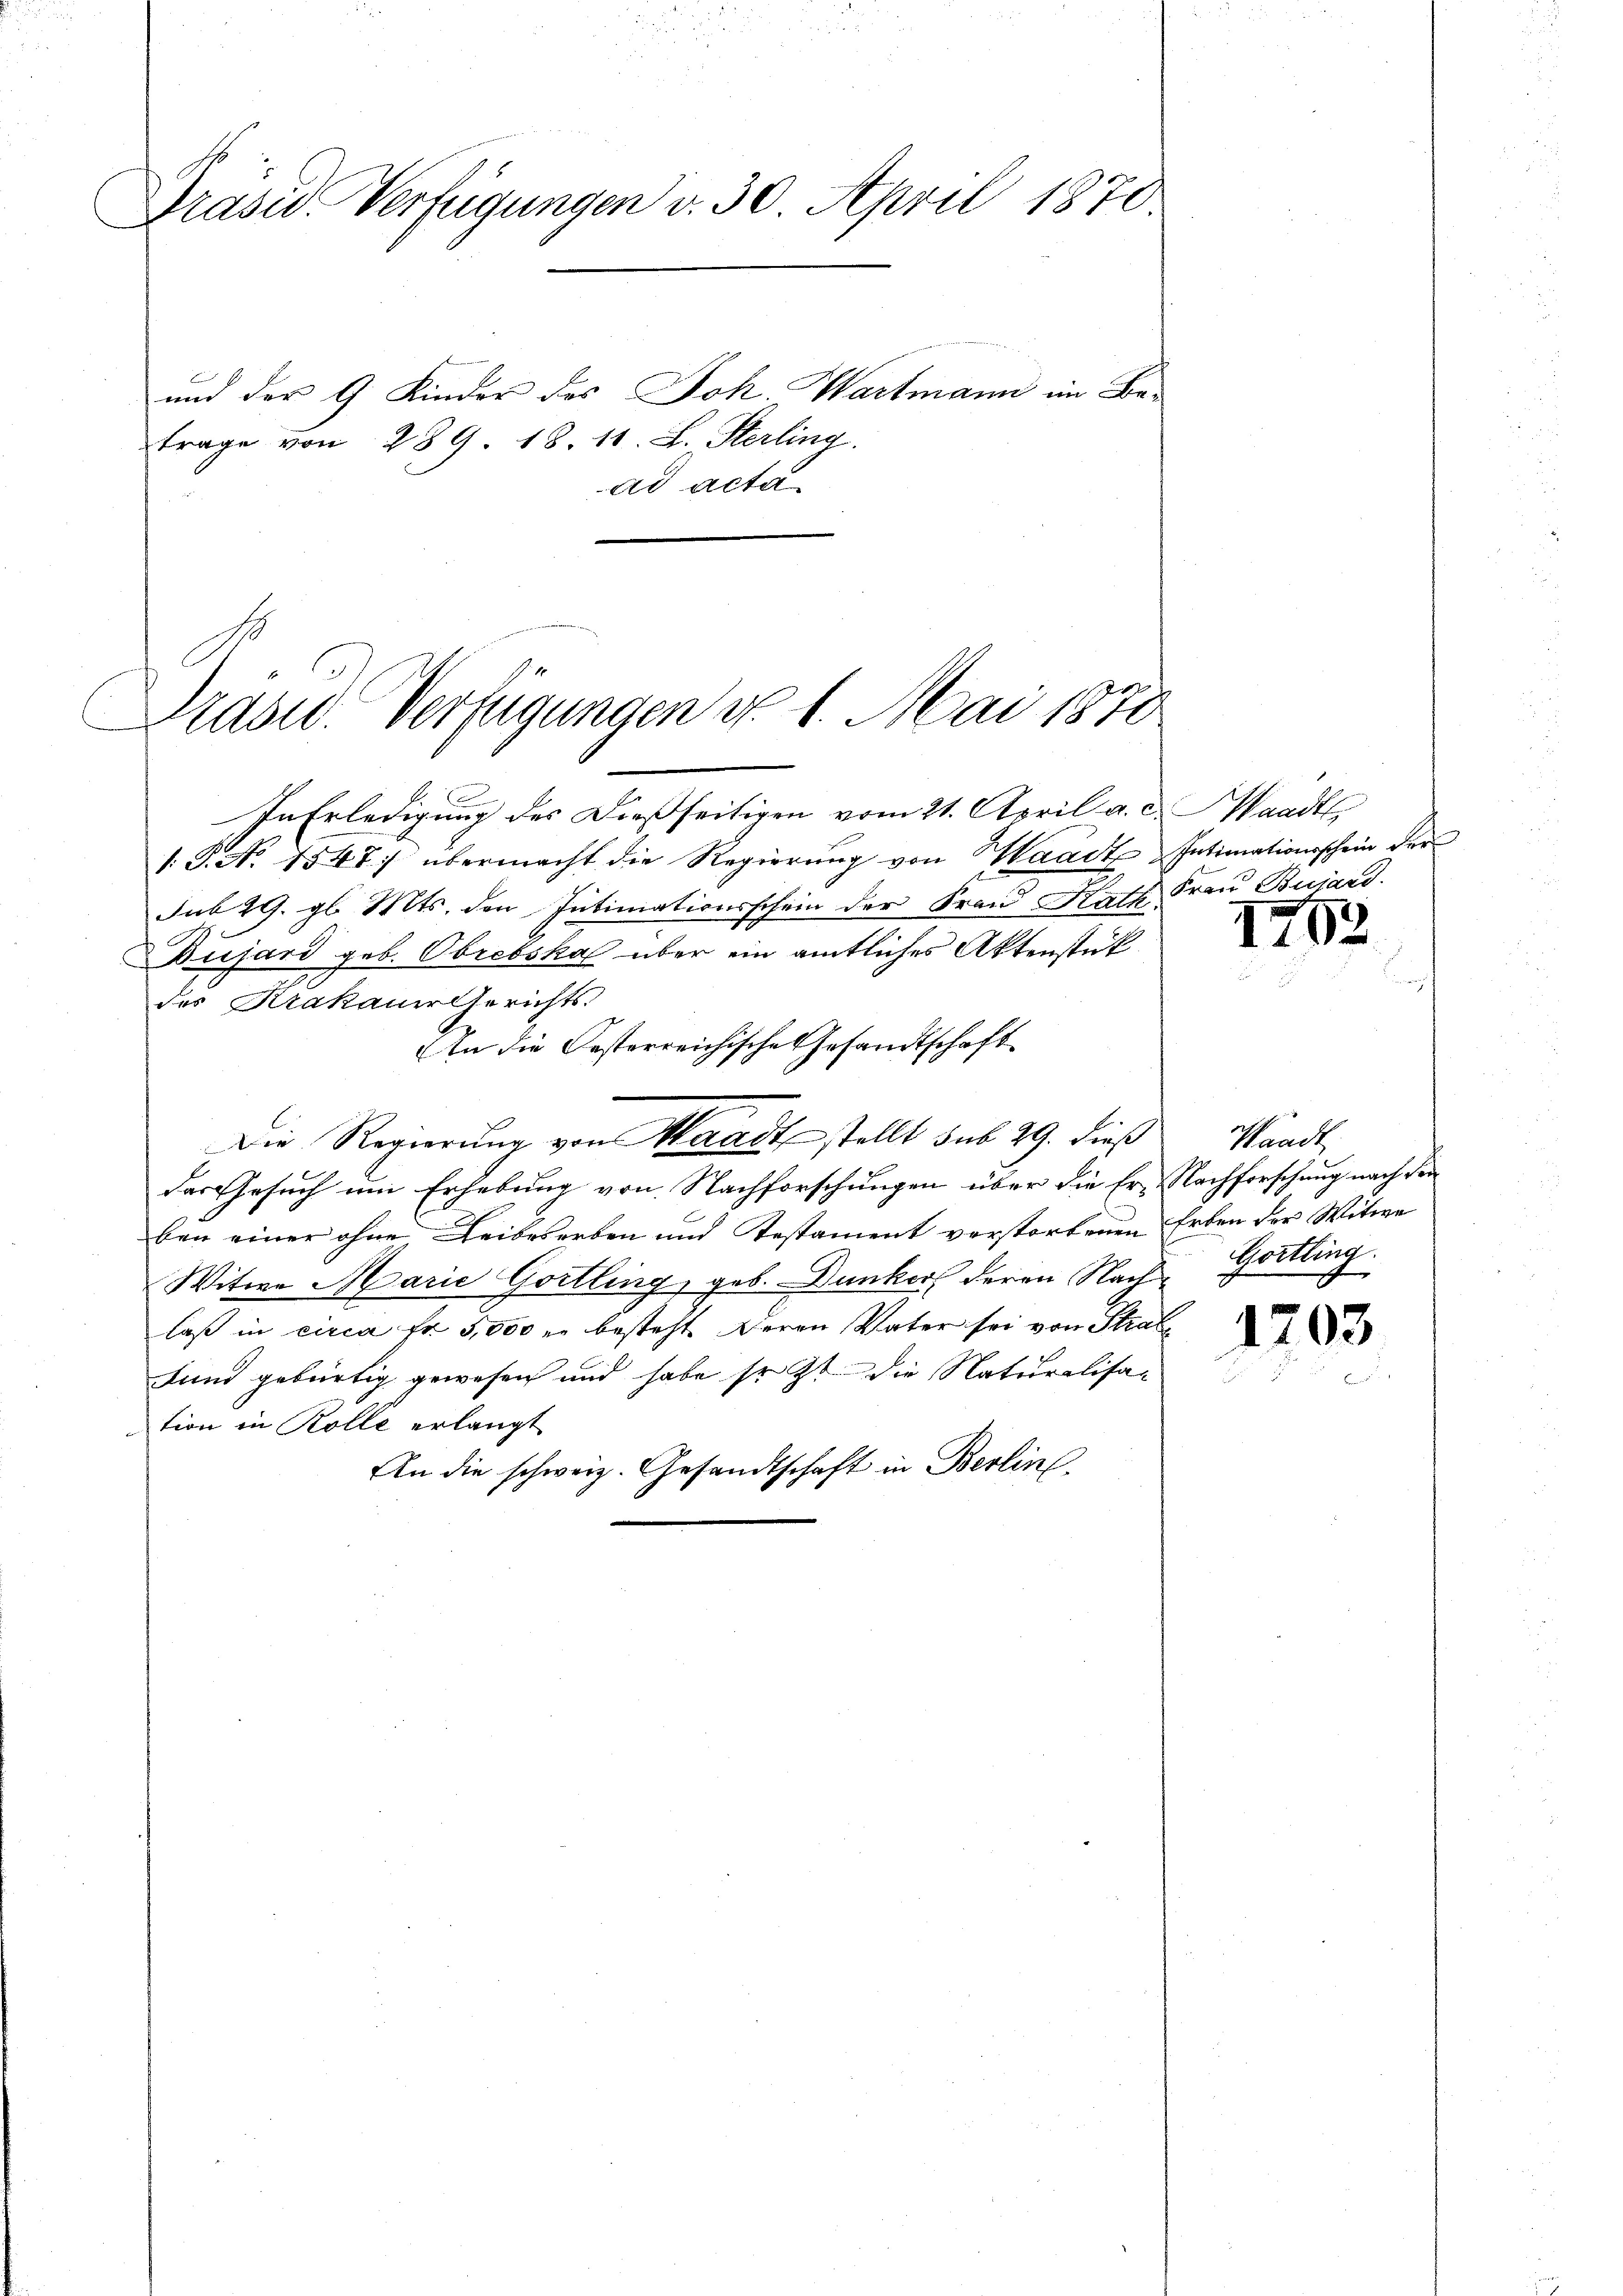
Präsid. Verfügungen v. 30. April 1870.

und der 9 Kinder des Joh. Wartmann in Befrage von 289. 18. 11. L. Sterling.
ad acta
.
In Erledigung des Dießseitigen vom 21. April a. c. Waadt
1.J. A. 1547) übermacht die Regierung von Waadt Intimationsschein der
Sub 29. gl. Mts. den Intimationsschein der Frau Rath Frau Buiard.
Dujard geb. Obrebskal über ein amtliches Aktenstück
des Krakauer Gerichts
An die Oesterreichische Gesandtschaft
Die Regierung von Waadt stellt sub 29. dieß
das Gesuch um Erhebung von Nachforschungen über die Er- Nachforschung nach den
ben einer ohne Leibeserben und Testament verstorbenen
Witwe Marie Gottling, geb. Dunker deren Nach Gottling.
laß in circa Fr. 3,500 r. besteht deren Vater sei von Strals
Land gebürtig gewesen und habe so ist die Naturalisation in Kolle erlangt
An die schweiz. Gesandtschaft in Berline.

Präsid. Verfügungen No. 1. Mai 1870

1763

Waadt
Erben der Witwe

1203